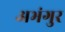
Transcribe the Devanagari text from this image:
अभंगुर